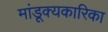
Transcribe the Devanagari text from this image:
मांडूक्यकारिका